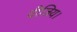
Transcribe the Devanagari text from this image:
दीजिय।